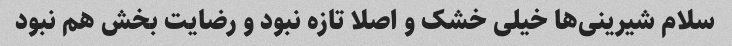
سلام شیرینی‌ها خیلی خشک و اصلا تازه نبود و رضایت بخش هم نبود